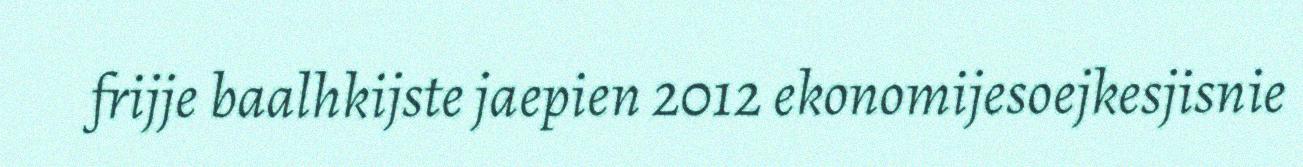
frijje baalhkijste jaepien 2012 ekonomijesoejkesjisnie